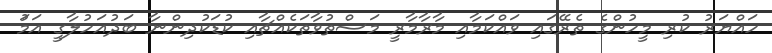
ހައްޔަރު ކުރި މީހުންގެ ތެރޭގައި ވައްކަމާއި މާރާމާރީ މަސްތުވާތަކެއްޗާއި ކުޑަކުދިންނާ ބަދުއަހުލާގީ އަމަު